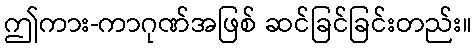
ဤကား-ကာဂုဏ်အဖြစ် ဆင်ခြင်ခြင်းတည်း။